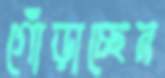
গোঁড়াচ্ছেন